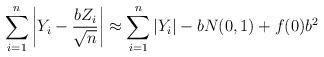
LaTeX: \begin{align*} \sum_{i=1}^n \left\vert Y_i-\frac{bZ_i}{\sqrt{n}}\right\vert \approx\sum_{i=1}^n\vert Y_i\vert -bN(0,1)+f(0)b^2\end{align*}